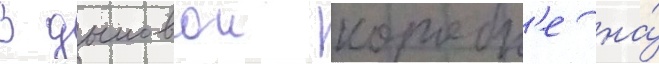
В дымовои коробк'е на́